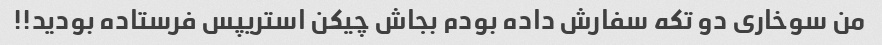
من سوخاری دو تکه سفارش داده بودم بجاش چیکن استریپس فرستاده بودید!!